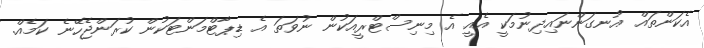
އެކަންތައް އުނގަންނައިދިނުމަކީ އެއީ އެ މިނިސްޓްރީއަކުން ނުވަތަ އެ ޑިޕާޓްމަންޓަކުން ކުރަންޖެހޭނެ ކަމެއް.